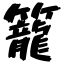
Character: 籠